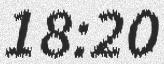
18:20